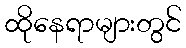
ထိုနေရာများတွင်